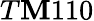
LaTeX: T\mathbf{M}110